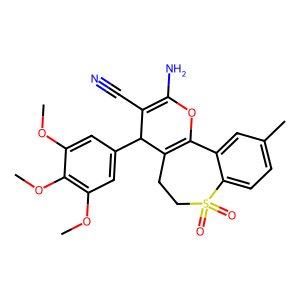
SMILES: COc1cc(C2C(C#N)=C(N)OC3=C2CCS(=O)(=O)c2ccc(C)cc23)cc(OC)c1OC
Inhibits HIV replication: No